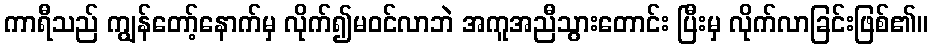
ကာရီသည် ကျွန်တော့်နောက်မှ လိုက်၍မဝင်လာဘဲ အကူအညီသွားတောင်း ပြီးမှ လိုက်လာခြင်းဖြစ်၏။